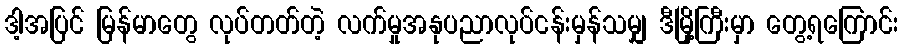
ဒါ့အပြင် မြန်မာတွေ လုပ်တတ်တဲ့ လက်မှုအနုပညာလုပ်ငန်းမှန်သမျှ ဒီမြို့ကြီးမှာ တွေ့ရကြောင်း